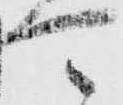
可